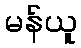
မန်ယူ